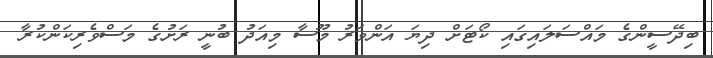
ބިދޭސީންގެ މައްސަލައިގައި ކޯޓަށް ދިޔަ އަންވަރު މޫސާ މިއަދު ބުނީ ރަށުގެ މަސްވެރިކަންކުރާ